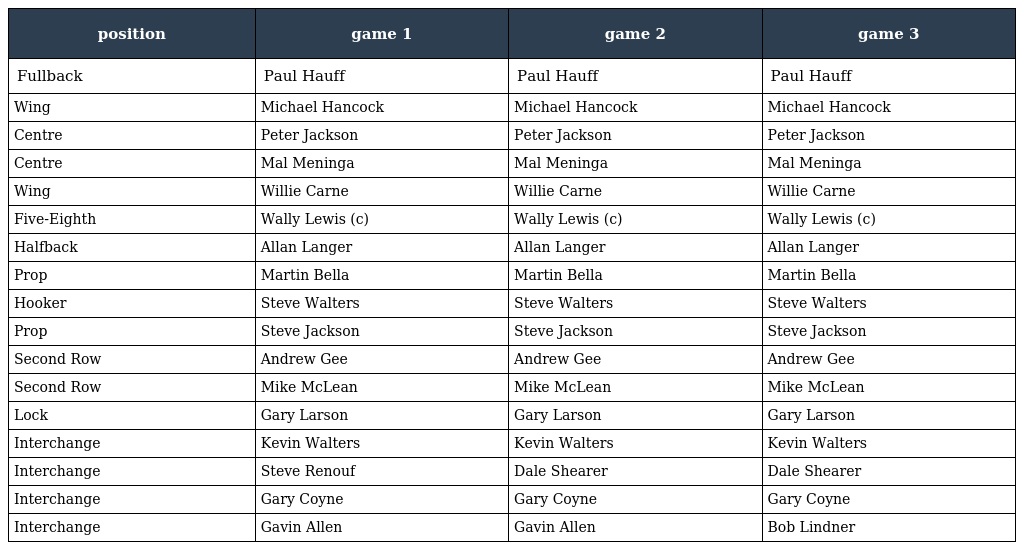
| position | game 1 | game 2 | game 3 |
 | --- | --- | --- | --- |
 | Fullback | Paul Hauff | Paul Hauff | Paul Hauff |
 | Wing | Michael Hancock | Michael Hancock | Michael Hancock |
 | Centre | Peter Jackson | Peter Jackson | Peter Jackson |
 | Centre | Mal Meninga | Mal Meninga | Mal Meninga |
 | Wing | Willie Carne | Willie Carne | Willie Carne |
 | Five-Eighth | Wally Lewis (c) | Wally Lewis (c) | Wally Lewis (c) |
 | Halfback | Allan Langer | Allan Langer | Allan Langer |
 | Prop | Martin Bella | Martin Bella | Martin Bella |
 | Hooker | Steve Walters | Steve Walters | Steve Walters |
 | Prop | Steve Jackson | Steve Jackson | Steve Jackson |
 | Second Row | Andrew Gee | Andrew Gee | Andrew Gee |
 | Second Row | Mike McLean | Mike McLean | Mike McLean |
 | Lock | Gary Larson | Gary Larson | Gary Larson |
 | Interchange | Kevin Walters | Kevin Walters | Kevin Walters |
 | Interchange | Steve Renouf | Dale Shearer | Dale Shearer |
 | Interchange | Gary Coyne | Gary Coyne | Gary Coyne |
 | Interchange | Gavin Allen | Gavin Allen | Bob Lindner |